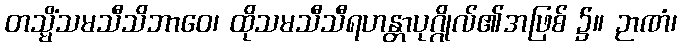
တသ္မိံသမသီသိဘာဝေ၊ ထိုသမသီသီရဟန္တာပုဂ္ဂိုလ်၏အဖြစ် ၌။ ဉာဏံ၊